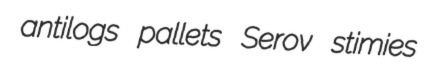
antilogs pallets Serov stimies